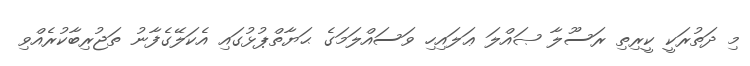
މި ދަތުރަކީ ކީރިތި ރަސޫލާ ޞައްލަ ޢަލައިހި ވަސައްލަމަގެ ޙަޔާތްޕުޅުގައި އެކަލޭގެފާނު ތަޖުރިބާކުރެއްވި